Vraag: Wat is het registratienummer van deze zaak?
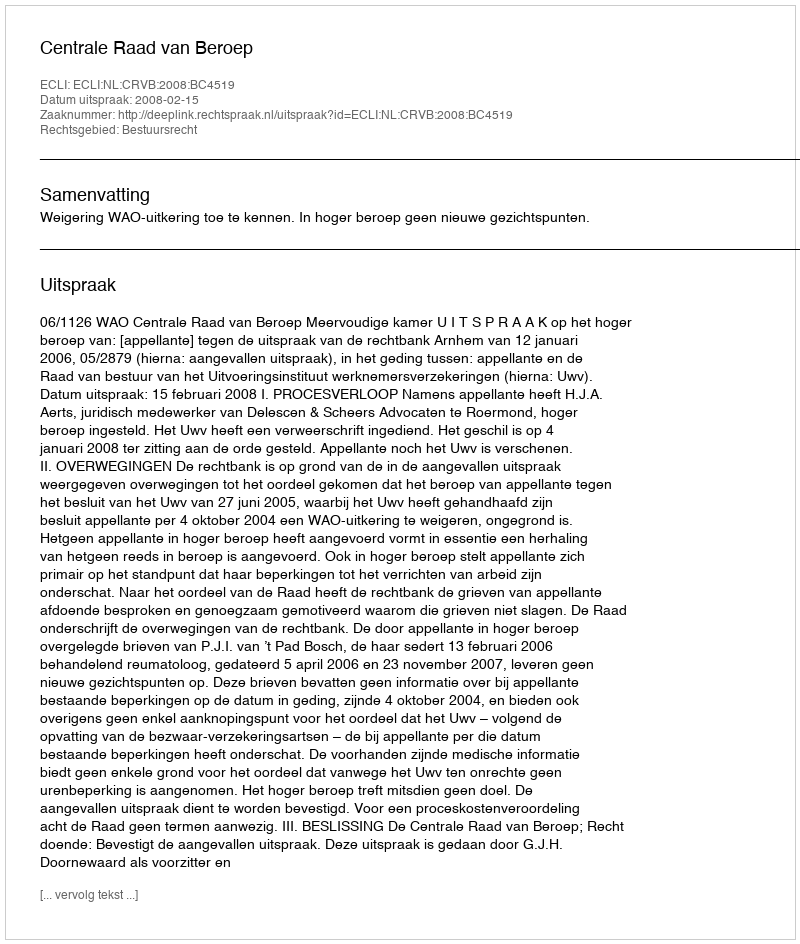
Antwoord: http://deeplink.rechtspraak.nl/uitspraak?id=ECLI:NL:CRVB:2008:BC4519